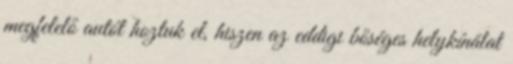
megfelelő autót hoztuk el, hiszen az eddigi bőséges helykínálat